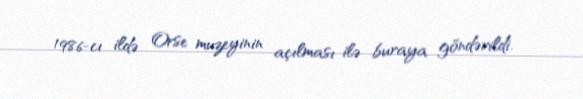
1986-cı ildə Orse muzeyinin açılması ilə buraya göndərildi.